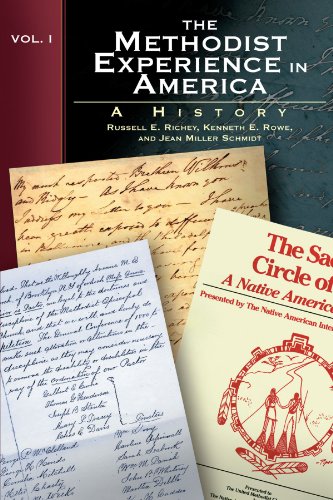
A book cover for The Methodist Experience in America, Vol. 1; Kenneth E. Rowe; Christian Books & Bibles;